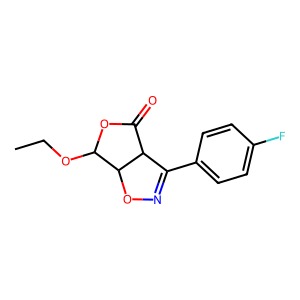
SMILES: CCOC1OC(=O)C2C(c3ccc(F)cc3)=NOC12
Inhibits HIV replication: No